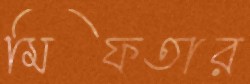
মিফতার